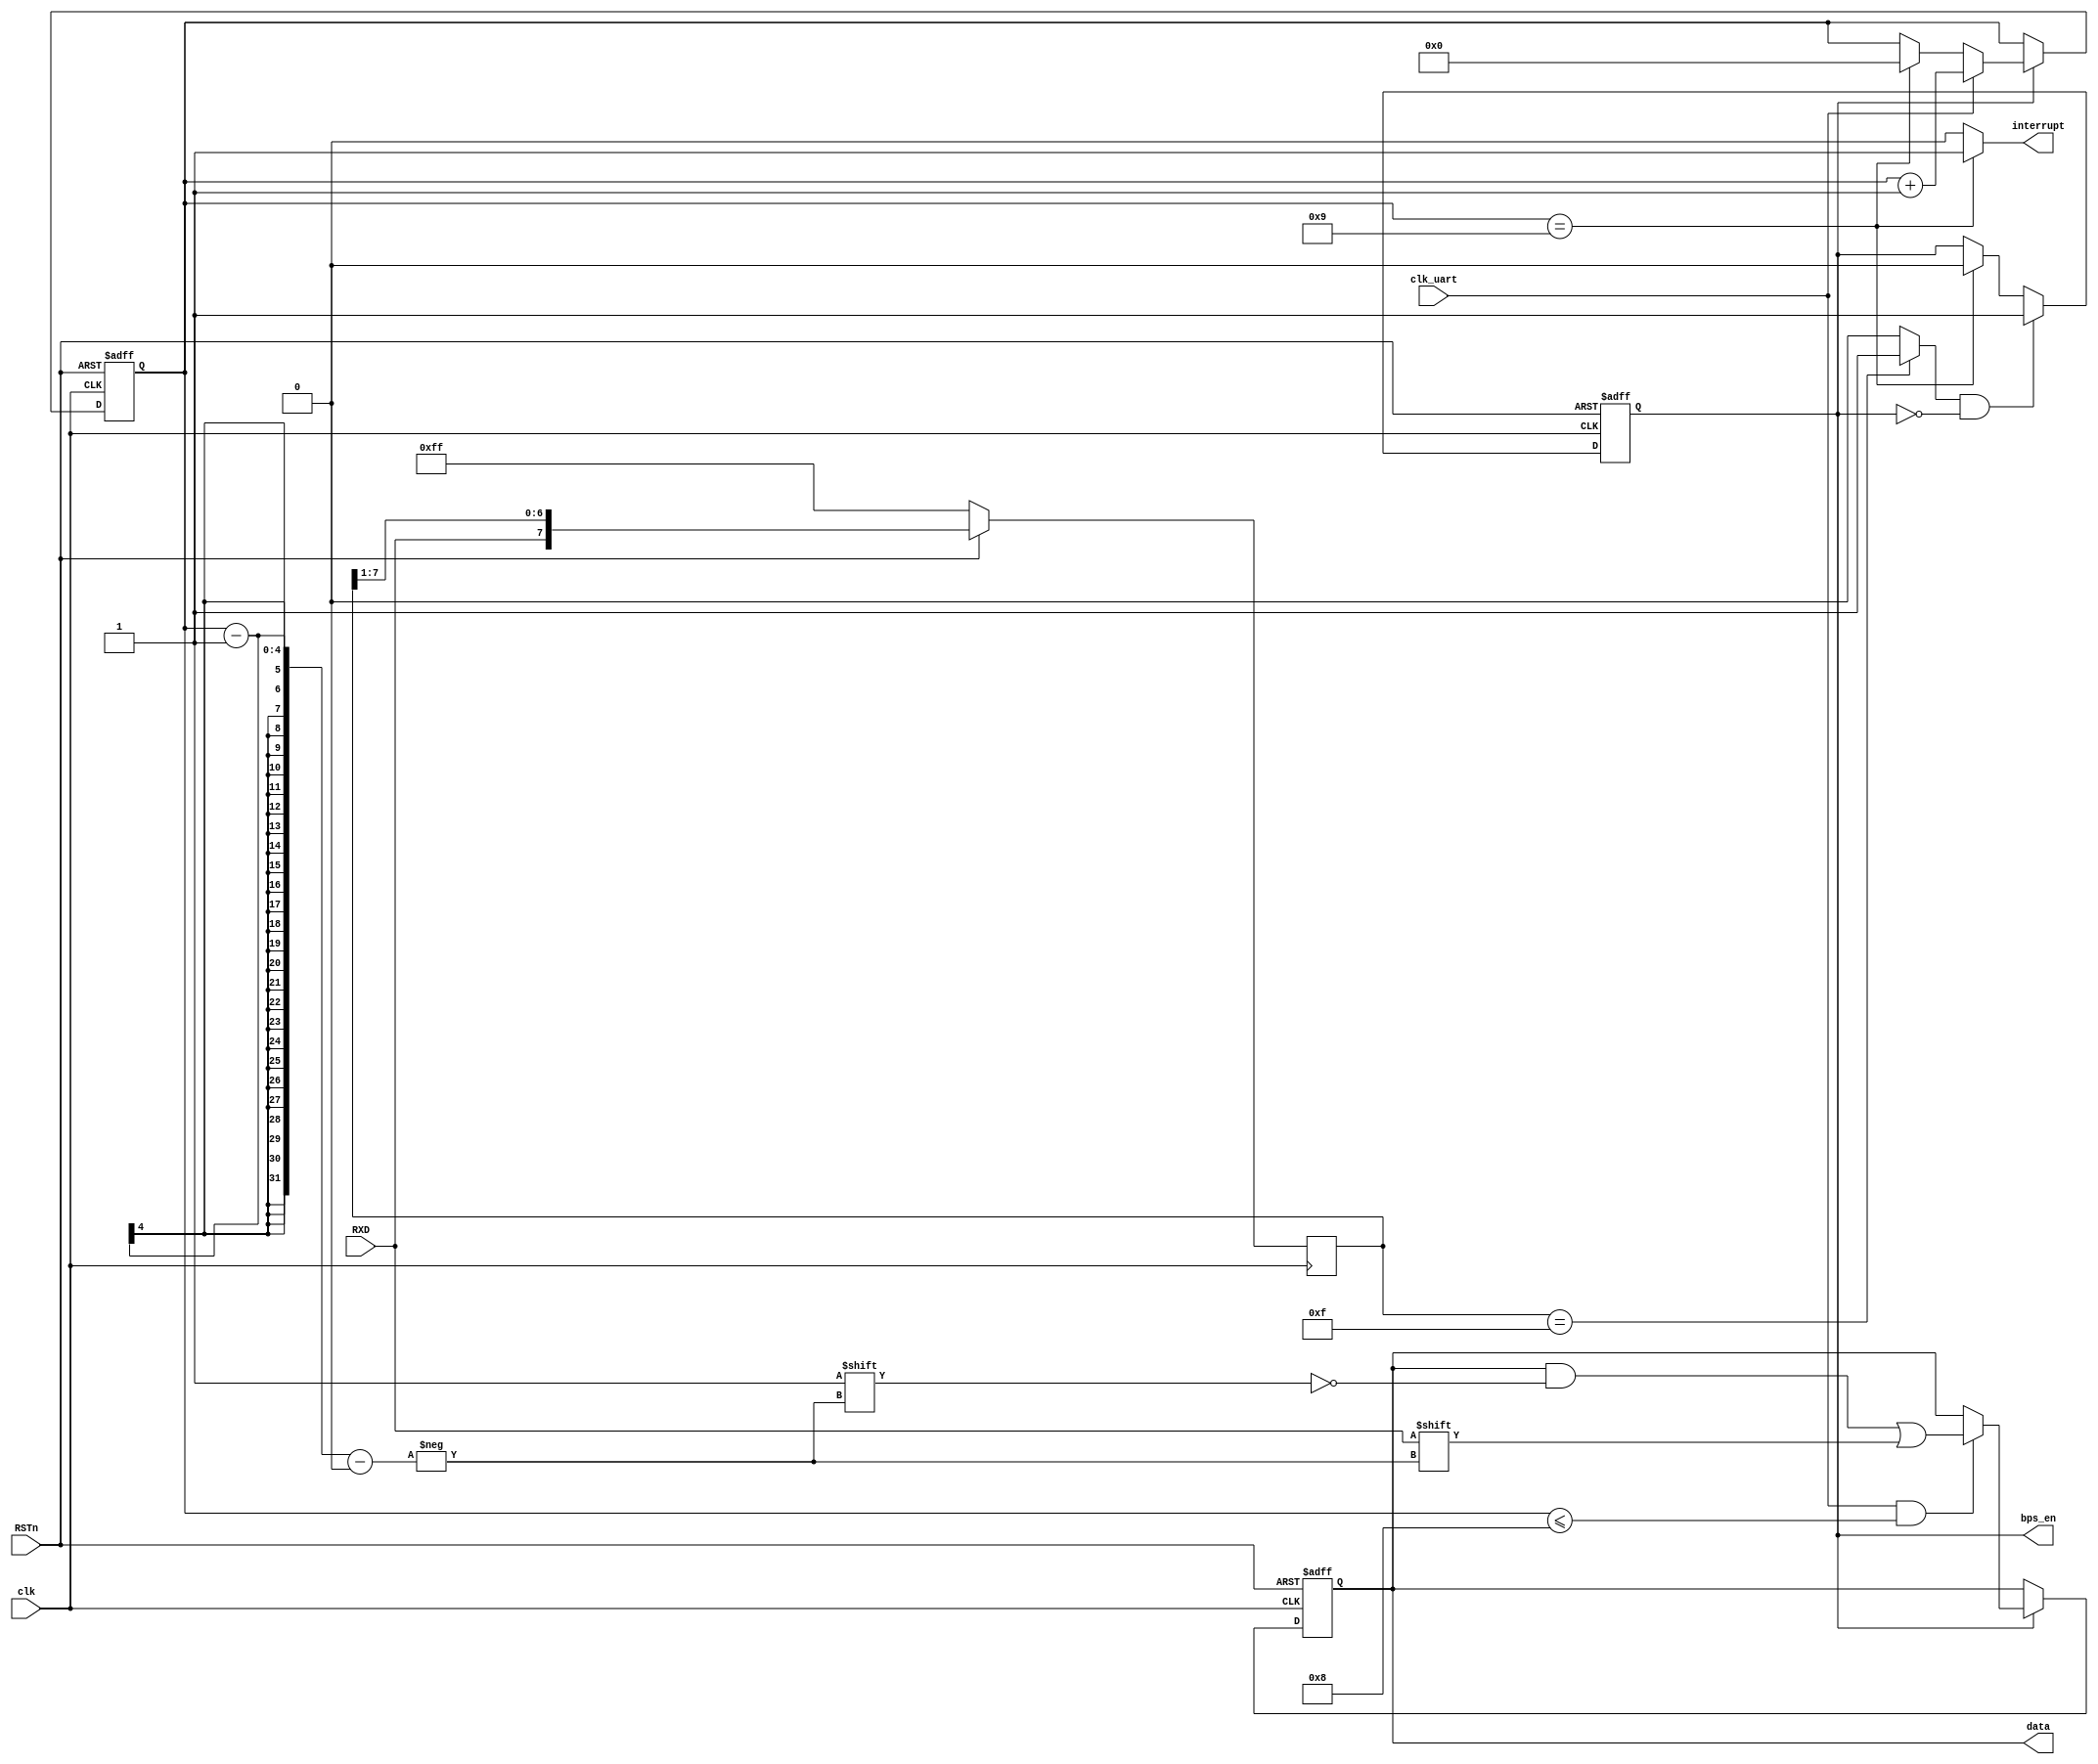
module UART_RX(
    input clk,
    input clk_uart,             //
    input RSTn,
    input RXD,				 //
    output reg [7:0] data,	 //
    output wire interrupt,	 //
    output wire bps_en		 //()
);

//shift register
reg [7:0] shift_reg;
always@(posedge clk) begin
    if(~RSTn) shift_reg <= 8'hff;
    else shift_reg <= {RXD,shift_reg[7:1]};
end

wire re_start;
assign re_start = (shift_reg == 8'h0f) ? 1'b1 : 1'b0;

// recive counter
reg counter_en;
reg [3:0] counter;

always@(posedge clk or negedge RSTn) begin
    if(~RSTn) counter_en <= 1'b0;
    else if(re_start&&(~counter_en)) counter_en <= 1'b1;
    else if(counter == 4'h9) counter_en <= 1'b0;
end

always@(posedge clk or negedge RSTn) begin
    if(~RSTn) counter <= 4'h0;
    else if(counter_en) begin 
        if(clk_uart) counter <= counter + 1'b1;
        else if(counter == 4'h9) counter <= 4'h0;
    end
end

assign bps_en = counter_en;

// RXD re
always@(posedge clk or negedge RSTn) begin
    if(~RSTn) data <= 8'h00;
    else if(counter_en) begin
        if(clk_uart && (counter <= 4'h8)) data[counter-1] <= RXD;
    end
end

//interrupt
assign interrupt = (counter == 4'h9) ? 1'b1 : 1'b0;


endmodule